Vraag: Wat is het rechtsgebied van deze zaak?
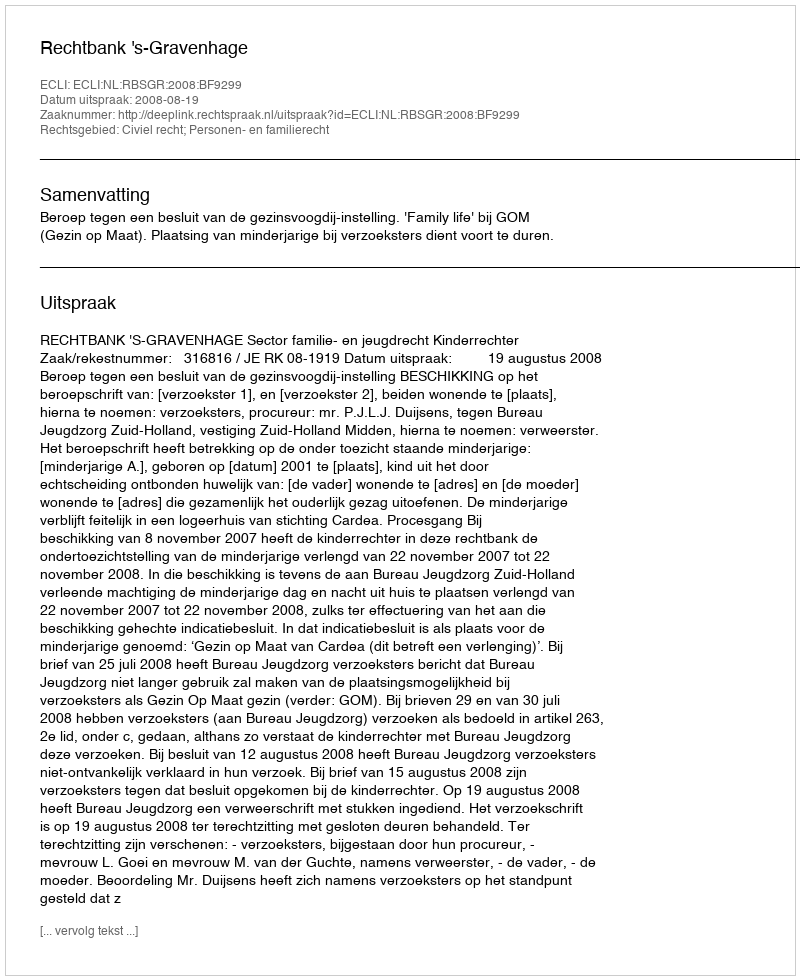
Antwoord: Civiel recht; Personen- en familierecht